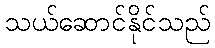
သယ်ဆောင်နိုင်သည်